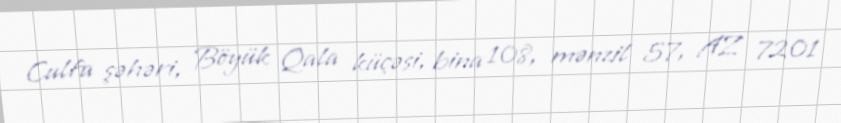
Culfa şəhəri, Böyük Qala küçəsi, bina 108, mənzil 57, AZ 7201